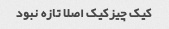
کیک چیزکیک اصلا تازه نبود